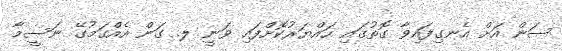
ސަން އަށް އެނގިފައިވާ ގޮތުގައި ހައްޔަރުކޮށްފައި ވަނީ ލ. ގަން އެއްގަމުގޭ ނަސީމާ